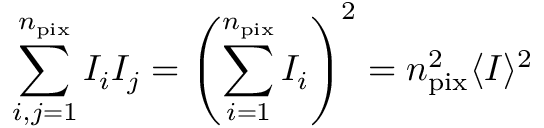
\sum _ { i , j = 1 } ^ { n _ { \mathrm { p i x } } } I _ { i } I _ { j } = \left( \sum _ { i = 1 } ^ { n _ { \mathrm { p i x } } } I _ { i } \right) ^ { 2 } = n _ { \mathrm { p i x } } ^ { 2 } \langle I \rangle ^ { 2 }